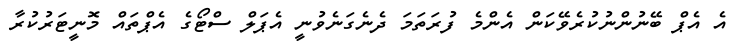
އެ އެޕް ބޭނުންނުކުރެވޭކަން އެންމެ ފުރަތަމަ ދެނެގަނެވުނީ އެޕަލް ސްޓޯގެ އެޕްތައް މޮނީޓަރުކުރާ